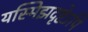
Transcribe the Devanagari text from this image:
यस्मिझदृष्टेऽपि